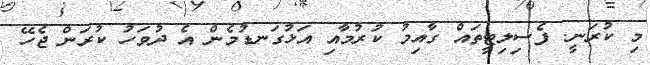
މި ކުރަނީ. ފެސިލިޓީތައް ގާއިމު ކުރުމާއި އަޅުގަނޑުމެން އެ ދުވަހު ކުރަން ޖެހޭ